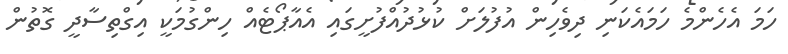
ހަމަ އެހެންމެ ހަމައެކަނި ދިވެހިން އުފުލަށް ކުޅުދުއްފުށީގައި އެއާޕޯޓެއް ހިންގުމަކީ އިގްތިސާދީ ގޮތުން